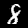
Label: 8